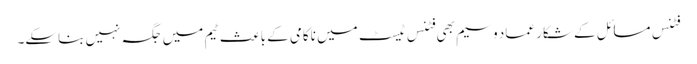
فٹنس مسائل کے شکار عماد وسیم بھی فٹنس ٹیسٹ میں ناکامی کے باعث ٹیم میں جگہ نہیں بناسکے۔